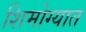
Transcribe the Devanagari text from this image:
शिमोग्यात